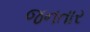
જનતાર